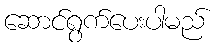
ဆောင်ရွက်ပေးပါမည်